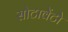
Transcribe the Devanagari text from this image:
सोटावेंटो